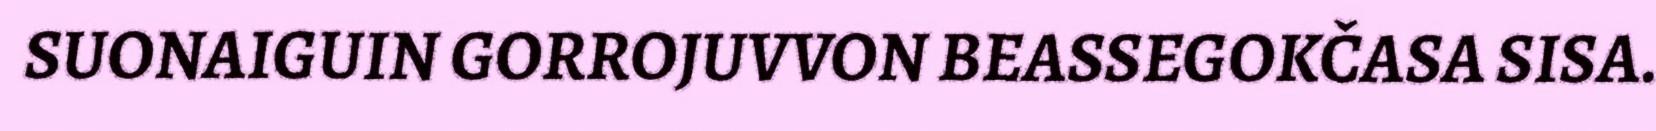
SUONAIGUIN GORROJUVVON BEASSEGOKČASA SISA.